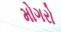
મોગરો